Report on sanitation, dispensaries, and jails in Rajputana for 1913, and on vaccination for the year 1913-1914 - 1913-1914
Year: 1913
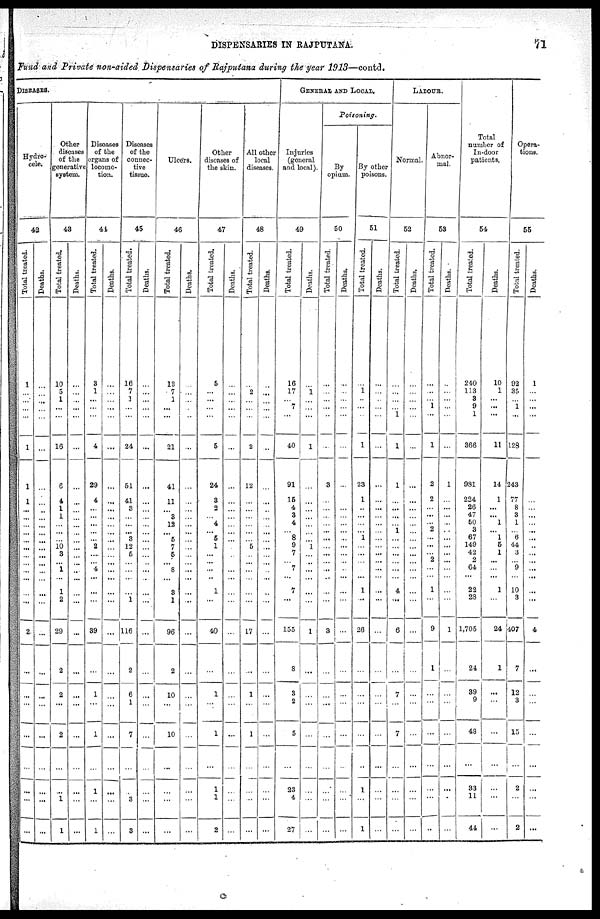
DISPENSARIES IN RAJPUTANA.
71
Fund and Private non-aided Dispensaries of Rajputana during the year 1913—contd.
DISEASES.
Hydro-
cele.
42
Total treated.
1
...
...
...
...
1
1
1
...
...
...
...
...
...
...
...
...
...
...
...
2
...
...
...
...
... ...
...
...
Deaths.
...
...
...
...
...
...
...
...
...
...
...
...
...
...
...
...
...
...
...
...
...
...
...
...
...
...
...
...
...
Other
diseases
of the
generative
system.
43
Total treated.
10
5
1
...
...
16
6
4
1
1
...
...
...
10 3
...
1
...
1
2
29
2
2
...
2
...
...
1
1
Deaths.
...
...
...
...
...
...
...
...
...
...
...
...
...
...
...
...
...
...
...
...
...
...
...
...
...
...
...
...
...
Diseases
of the
organs of
locomo-
tion.
44
Total treated.
3
1
...
...
...
4
29
4
...
...
...
...
...
2
...
...
4 ...
...
...
39
...
1
...
1
...
1
...
1
Deaths.
...
...
...
...
...
...
...
...
...
...
...
...
...
...
...
...
...
...
...
...
...
...
...
...
...
...
...
...
...
Diseases
of the
connec-
tive
tissue.
45
Total treated.
16
7
1
...
...
24
51
41
3
...
...
...
3
12
6
...
...
...
...
1
116
2
6
1
7
...
...
3
3
Deaths.
...
...
...
...
...
...
...
...
...
...
...
...
...
...
...
...
...
...
...
...
...
...
...
...
...
...
...
...
...
Ulcers.
46
Total treated.
13
7
1
...
...
21
41
11
...
3
12
...
5
7
5
...
8
...
3
1
96
2
10
...
10
...
...
...
...
Deaths.
...
...
...
...
...
...
...
...
...
...
...
...
...
...
...
...
...
...
...
...
...
...
...
...
...
...
...
...
...
Other
diseases of
the skin.
47
Total treated.
5
...
...
...
...
5
24
3
2
...
4
...
5
1
...
...
...
...
1
...
40
...
1
...
1
...
1
1
2
Deaths.
...
...
...
...
...
...
...
...
...
...
...
...
...
...
...
...
...
...
...
...
...
...
...
...
...
...
...
...
...
All other
local
diseases.
48
Total treated.
...
2
...
...
...
2
12
...
...
...
...
...
...
5
...
...
...
...
...
...
17
...
1
...
1
...
...
...
...
Deaths.
...
...
...
...
...
...
...
...
...
...
...
...
...
...
...
...
...
...
...
...
...
...
...
...
...
...
...
...
...
GENERAL AND LOCAL.
Injuries
(general
and local).
49
Total treated.
16
17
...
7
...
40
91
15
4
3
4
... 8
9
7
...
7
...
7
...
155
8
3
2
5
...
23
4
27
Deaths.
...
1
...
...
...
1
...
...
...
...
...
...
...
1
...
...
...
...
...
...
1
...
...
...
...
...
...
...
...
Poisoning.
By
opium.
50
Total treated.
...
...
...
...
...
...
3
...
...
...
...
...
...
...
...
...
...
...
...
...
3
...
...
...
...
...
...
...
...
Deaths.
...
...
...
...
...
...
...
...
...
...
...
...
...
...
...
...
...
...
...
...
...
...
...
...
...
...
...
...
...
By other
poisons.
51
Total treated.
...
1
...
...
...
1
23
1
...
...
...
... 1
...
...
...
...
...
1
...
26
...
...
...
...
...
1
...
1
Deaths.
...
...
...
...
...
...
...
...
...
...
...
...
...
...
...
...
...
...
...
...
...
...
...
...
...
...
...
...
...
LABOUR.
Normal
52
Total treated.
...
...
...
...
...
1
1
...
...
...
...
1
...
...
...
...
...
...
4
...
6
...
7
...
7
...
...
...
...
Deaths.
...
...
...
...
...
...
...
...
...
...
...
...
...
...
...
...
...
...
...
...
...
...
...
...
...
...
...
...
...
Abnor-
mal.
53
Total treated.
...
...
...
1
...
1
2
2
...
...
... 2
...
...
...
2
...
...
1
...
9
1
...
...
...
...
...
...
...
Deaths.
...
...
...
...
...
...
1
...
...
...
...
...
...
...
...
...
...
...
...
...
1
...
...
...
...
...
...
...
...
Total
number of
In-door
patients.
54
Total treated.
240
113
3
9
1
366
981
224
26
47
50
3
67
149
42
2
64
...
22
28
1,705
24
39 9
48
...
33
11
44
Deaths.
10
1
...
...
...
11
14
1
...
...
1
...
1
5
1
...
... ...
1
...
24
1
...
...
...
...
...
...
...
Opera-
tions.
55
Total treated.
92
35
...
1
...
128
243
77
8
3
1
...
6
44
3
9
...
...
10
3
407
7
12
3
15
...
2
...
2
Deaths.
1
...
...
...
...
...
...
...
...
...
...
..
...
...
...
...
...
...
4
...
...
...
...
...
...
...
...